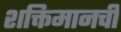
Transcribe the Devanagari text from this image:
शक्तिमानची